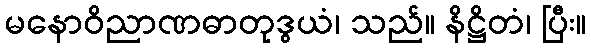
မနောဝိညာဏဓာတုဒွယံ၊ သည်။ နိဋ္ဌိတံ၊ ပြီး။